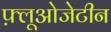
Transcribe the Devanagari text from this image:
फ़्लूओजेटीन